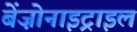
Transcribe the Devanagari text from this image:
बेंज़ोनाइट्राइल